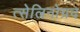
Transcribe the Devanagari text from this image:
त्सेलिनोग्रद